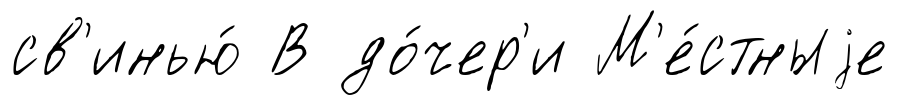
св'инью́ В до́чер'и М'е́стныjе